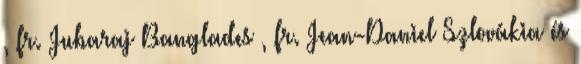
, fr. Jubaraj Banglades , fr. Jean-Daniel Szlovákia és